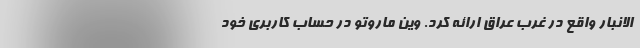
الانبار واقع در غرب عراق ارائه کرد. وین ماروتو در حساب کاربری خود